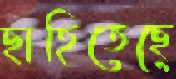
ছাহিতেছে